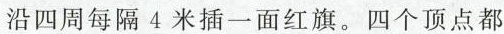
沿四周每隔4米插一面红旗。四个顶点都